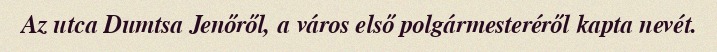
Az utca Dumtsa Jenőről, a város első polgármesteréről kapta nevét.